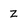
Character: z